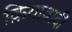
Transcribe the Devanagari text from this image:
क्रियावादी